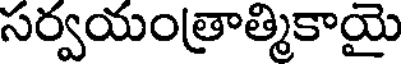
సర్వయంత్రాత్మికాయై